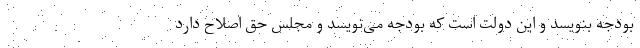
بودجه بنویسد و این دولت است که بودجه می‌نویسد و مجلس حق اصلاح دارد